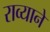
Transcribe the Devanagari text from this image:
राव्याने